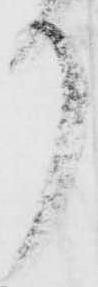
り